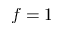
f = 1